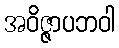
အဝိဇ္ဇာပဘဝါ